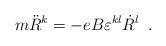
\begin{align*}m\ddot{R}^{k}=-eB\varepsilon^{kl}\dot{R}^{l} \;\;.\end{align*}